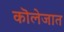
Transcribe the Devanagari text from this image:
कॊलेजात